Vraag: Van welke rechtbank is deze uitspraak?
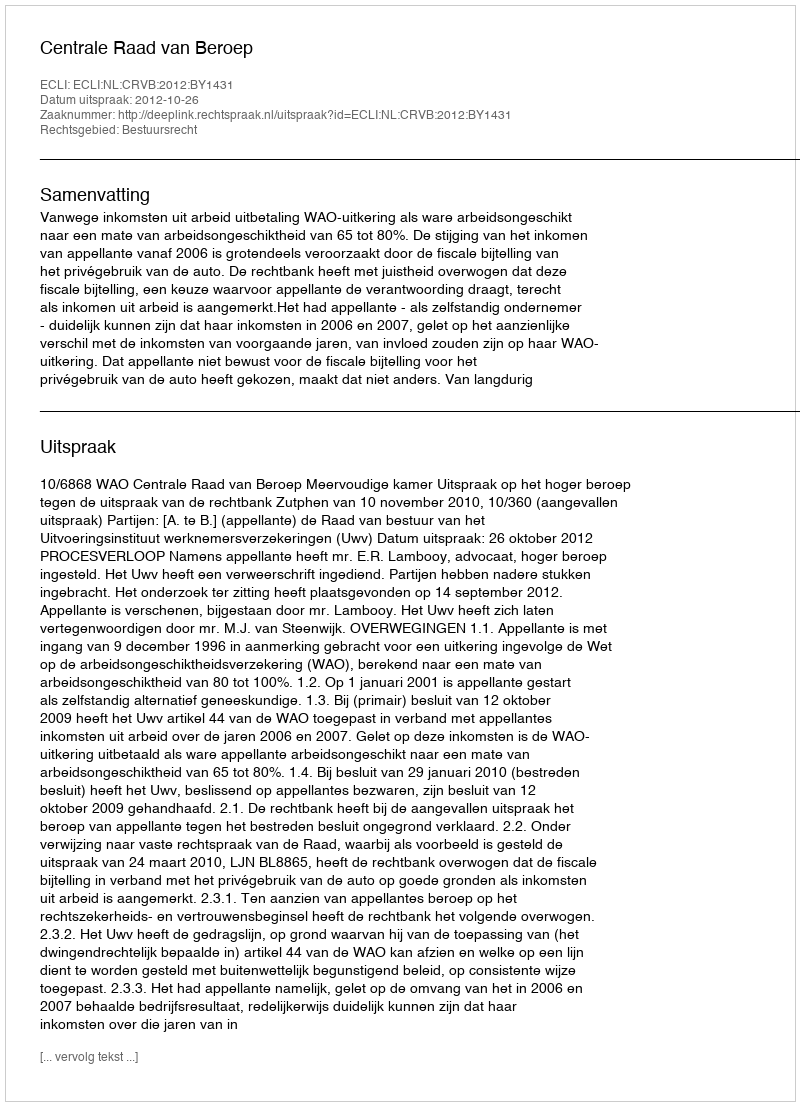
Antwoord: Centrale Raad van Beroep